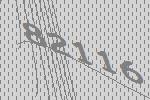
82116